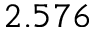
2 . 5 7 6